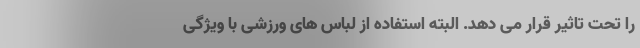
را تحت تاثیر قرار می دهد. البته استفاده از لباس های ورزشی با ویژگی